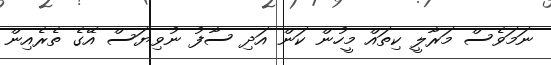
ނަމަވެސް މަރާލީ ކިތައް މީހުން ކަން އަދި ސާފު ނުވިޔަސް އޭގެ ތެރެއިން